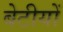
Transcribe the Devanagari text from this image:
बेटीयों